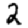
Digit: 2